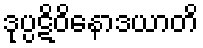
ဒုပ္ပဋိဝိနောဒယာတိ